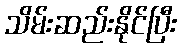
သိမ်းဆည်းနိုင်ပြီး